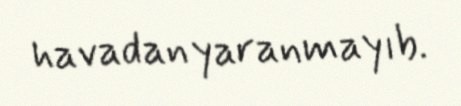
havadan yaranmayıb.